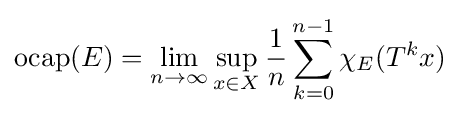
\operatorname {ocap} (E)=\lim _{n\rightarrow \infty }\sup _{x\in X}{\frac {1}{n}}\sum _{k=0}^{n-1}\chi _{E}(T^{k}x)